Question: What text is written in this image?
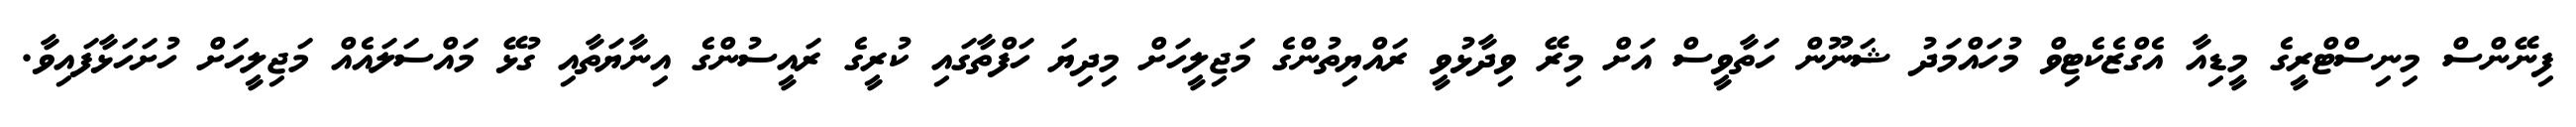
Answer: ފިނޭންސް މިނިސްޓްރީގެ މީޑިއާ އެގްޒެކެޓިވް މުހައްމަދު ޝަނޫން ހަތާވީސް އަށް މިރޭ ވިދާޅުވީ ރައްޔިތުންގެ މަޖިލީހަށް މިދިޔަ ހަފްތާގައި ކުރީގެ ރައީސުންގެ އިނާޔަތާއި ގުޅޭ މައްސަލައެއް މަޖިލީހަށް ހުށަހަޅާފައިވާ.